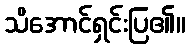
သိအောင်ရှင်းပြ၏။